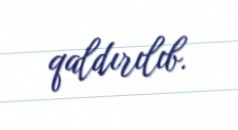
qaldırılıb.